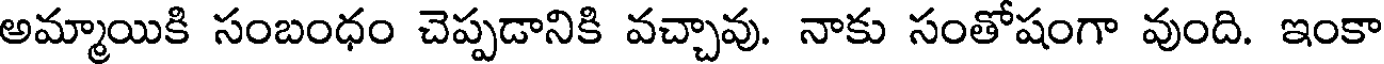
అమ్మాయికి సంబంధం చెప్పడానికి వచ్చావు. నాకు సంతోషంగా వుంది. ఇంకా